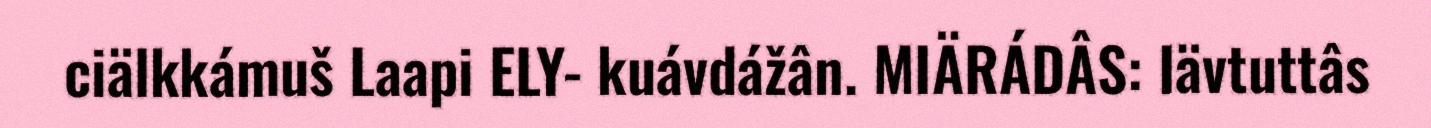
ciälkkámuš Laapi ELY- kuávdážân. MIÄRÁDÂS: Iävtuttâs